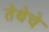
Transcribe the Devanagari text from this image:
तेथेचे